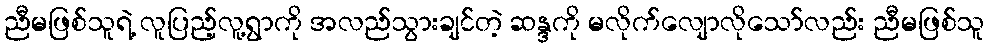
ညီမဖြစ်သူရဲ့ လူပြည့်လူ့ရွာကို အလည်သွားချင်တဲ့ ဆန္ဒကို မလိုက်လျောလိုသော်လည်း ညီမဖြစ်သူ